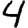
Digit: 4